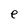
Character: e